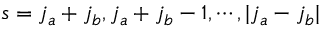
s = j _ { a } + j _ { b } , j _ { a } + j _ { b } - 1 , \cdots , | j _ { a } - j _ { b } |